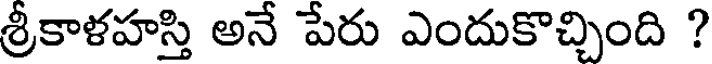
శ్రీకాళహస్తి అనే పేరు ఎందుకొచ్చింది ?